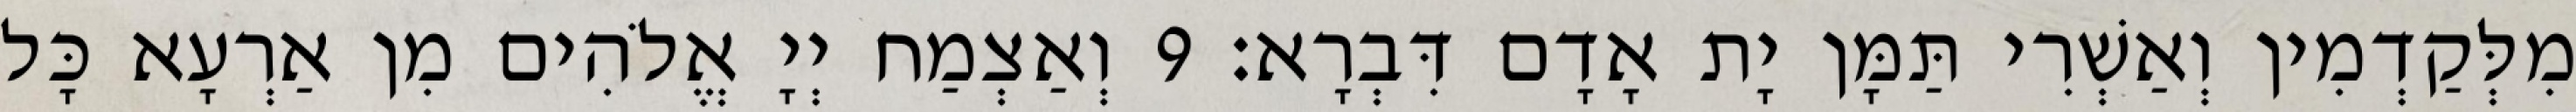
מִלְּקַדְמִין וְאַשְׁרִי תַּמָּן יָת אָדָם דִּבְרָא׃ 9 וְאַצְמַח יְיָ אֱלֹהִים מִן אַרְעָא כָּל